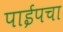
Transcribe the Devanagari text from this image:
पाईपचा